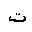
Letter: _ta